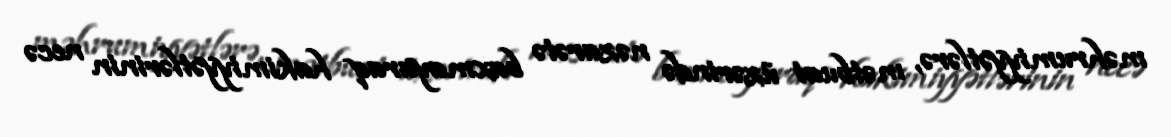
məhrumiyyətlərə, mətbuat üzərində nəzarətə baxmayaraq hakimiyyətlərinin necə